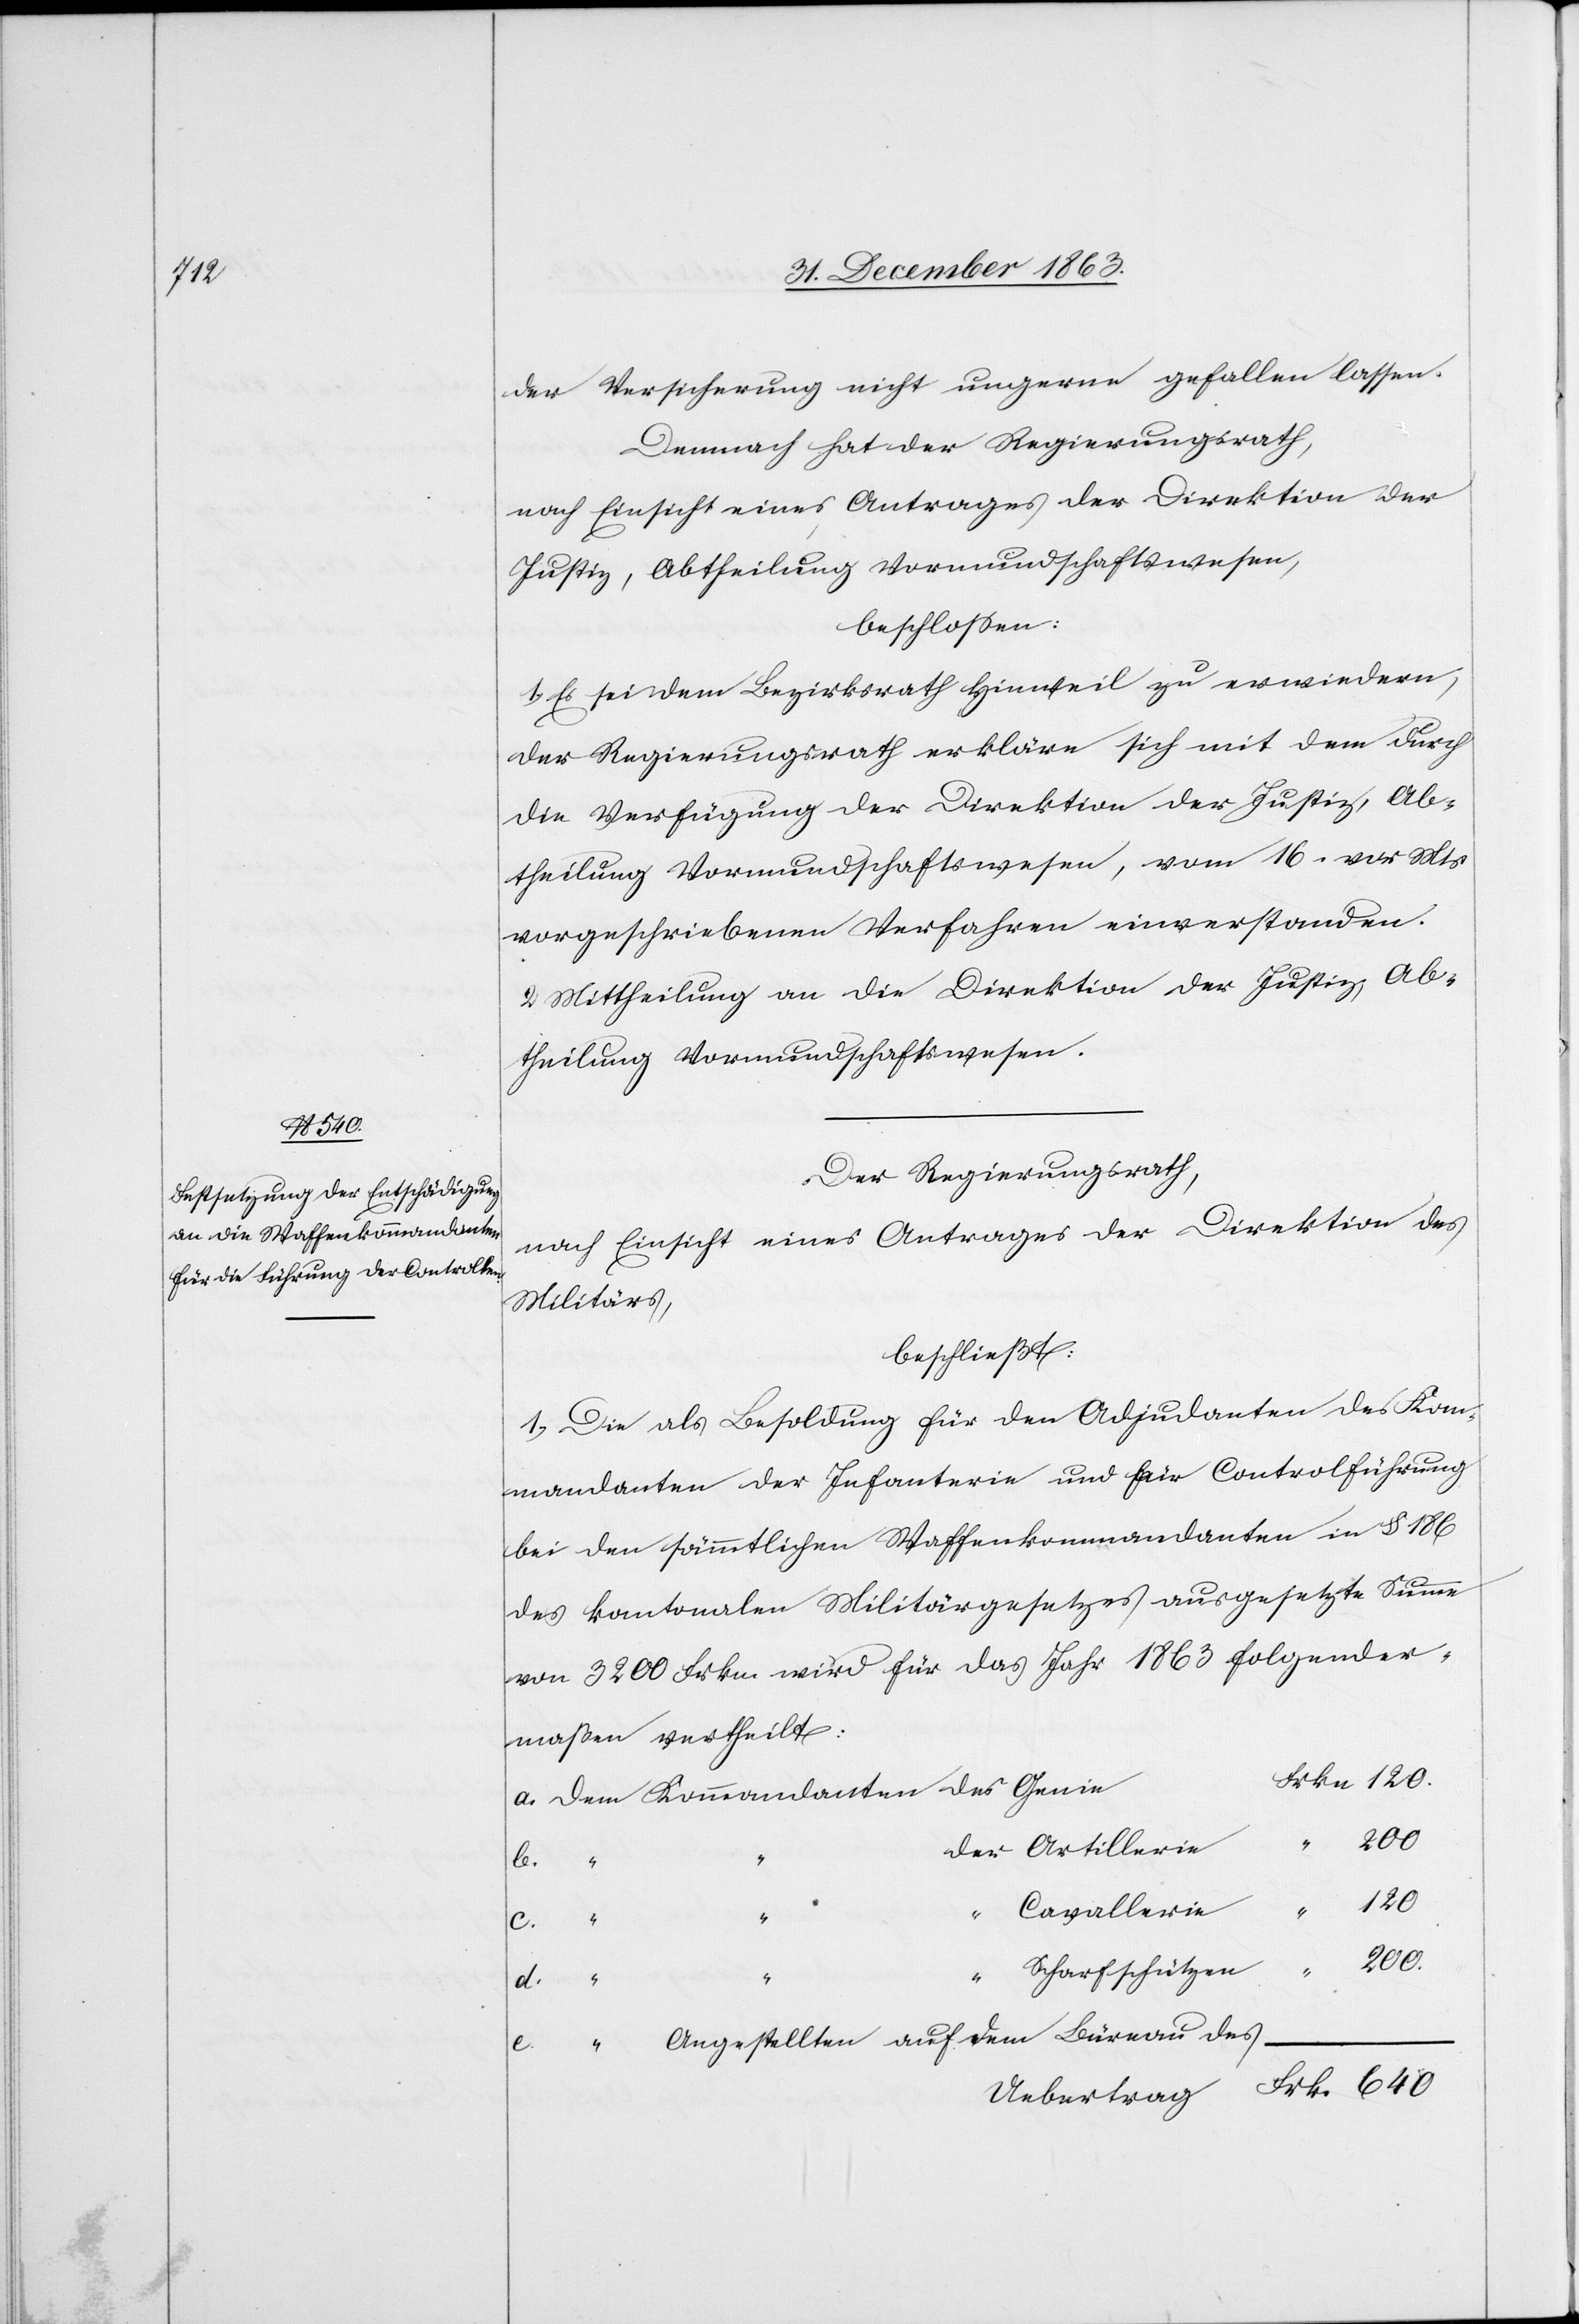
der Versicherung nicht ungerne gefallen lassen.
Demnach hat der Regierungsrath,
nach Einsicht eines Antrages der Direktion der
Justiz, Abtheilung Vormundschaftswesen,
beschlossen:
1. Es sei dem Bezirksrath Hinweil zu erwiedern,
der Regierungsrath erkläre sich mit dem durch
die Verfügung der Direktion der Justiz, Ab¬
theilung Vormundschaftswesen, vom 16. vor Mts
vorgeschriebenen Verfahren einverstanden.
2. Mittheilung an die Direktion der Justiz, Ab¬
theilung Vormundschaftswesen.
Der Regierungsrath,
nach Einsicht eines Antrages der Direktion des
Militärs,
beschließt:
1. Die als Besoldung für den Adjudanten des Kom¬
mandanten der Infanterie und für Controlführung
bei den sämmtlichen Waffenkommandanten in § 186
des kantonalen Militärgesetzes ausgesetzte Summe
von 3200 Frkn. wird für das Jahr 1863 folgender¬
maßen vertheilt:
b.
der
120
“
Cavallerie
c.
200.
e.
Scharfschützen
Artillerie
Angestellten auf dem Büreau des